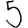
Digit: 5